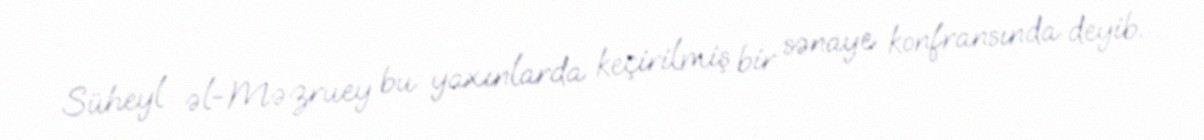
Süheyl əl-Məzruey bu yaxınlarda keçirilmiş bir sənaye konfransında deyib.